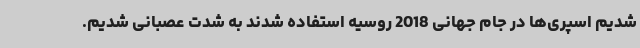
شدیم اسپری‌ها در جام جهانی 2018 روسیه استفاده شدند به شدت عصبانی شدیم.